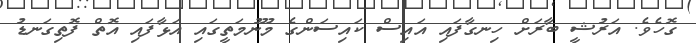
ގޮހެވެ. އަރުޝީ ބާރަށް ހިނގާފައި އައިސް ކައިސަންގެ މޫނުމަތީގައި އަޅާފައި އޮތް ފޮތިގަނޑު